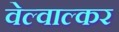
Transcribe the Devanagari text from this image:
वेल्वाल्कर